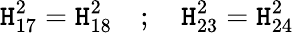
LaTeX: \mathtt{H}_{17}^{2}=\mathtt{H}_{18}^{2}\quad;\quad\mathtt{H}_{23}^{2}=\mathtt{H}_{24}^{2}